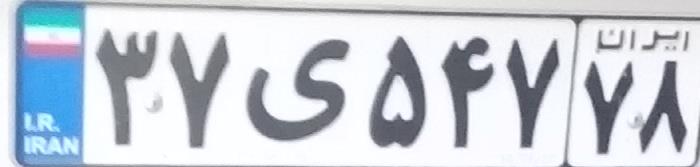
۳۷ی۵۷۴۷۸